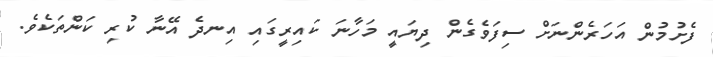
ފެށުމުން އަހަރެންނަށް ސިފަވެގެން ދިޔައީ މަހާނަ ކައިރީގައި އިނދެ އޭނާ ކުރި ކަންތަކެވެ.